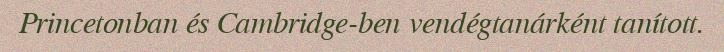
Princetonban és Cambridge-ben vendégtanárként tanított.